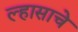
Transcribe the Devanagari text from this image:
ल्हासाचे